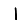
Digit: 1